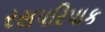
રસપરિપાક